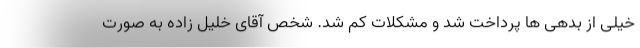
خیلی از بدهی ها پرداخت شد و مشکلات کم شد. شخص آقای خلیل زاده به صورت